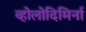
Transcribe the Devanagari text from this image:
व्होलोदिमिर्ना